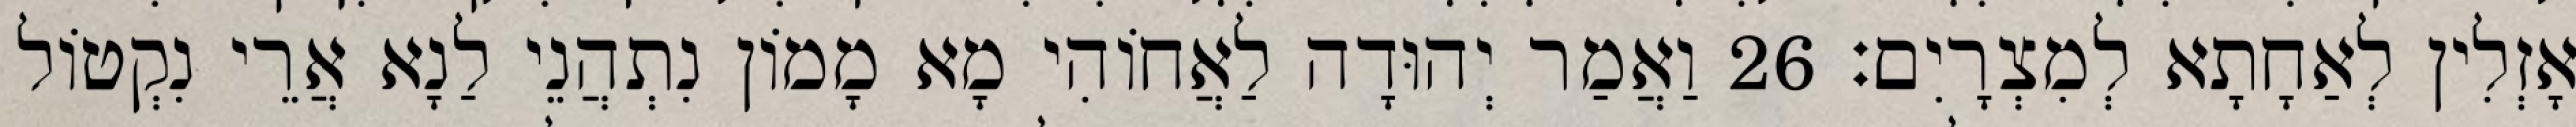
אָזְלִין לְאַחָתָא לְמִצְרָיִם׃ 26 וַאֲמַר יְהוּדָה לַאֲחוֹהִי מָא מָמוֹן נִתְהֲנֵי לַנָא אֲרֵי נִקְטוֹל